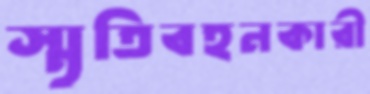
স্মৃতিবহনকারী